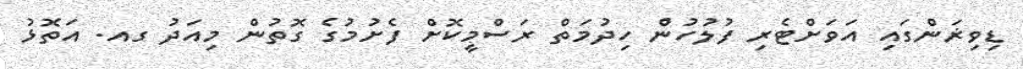
ޑިވިޜަންގައި އަވަށްޓެރި ފުލުހުންެ ހިދުމަތް ރަސްމީކޮށް ފެށުމުގެ ގޮތުން މިއަދު ގއ. އަތޮޅު